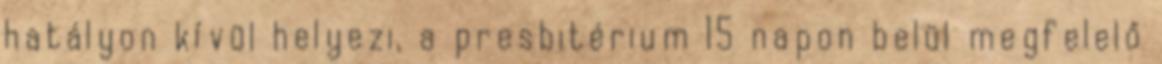
hatályon kívül helyezi, a presbitérium 15 napon belül megfelelő